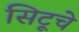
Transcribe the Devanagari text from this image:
सिटूचे